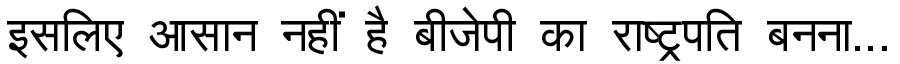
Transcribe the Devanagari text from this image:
इसलिए आसान नहीं है बीजेपी का राष्ट्रपति बनना...